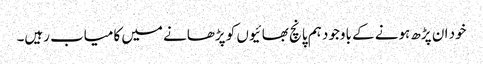
خود ان پڑھ ہونے کے باوجود ہم پانچ بھائیوں کو پڑھانے میں کامیاب رہیں۔